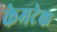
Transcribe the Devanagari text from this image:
केमटेक